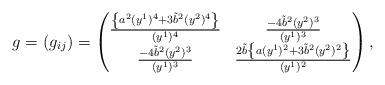
LaTeX: \begin{align*} g= (g_{ij})= \begin{pmatrix} \frac{\left\lbrace a^2 (y^1)^4+3\tilde{b}^2(y^2)^4\right\rbrace }{(y^1)^4} & \frac{-4\tilde{b}^2(y^2)^3}{(y^1)^3} \\ \frac{-4\tilde{b}^2(y^2)^3}{(y^1)^3} &\frac {2\tilde{b}\left\lbrace a (y^1)^2+3\tilde{b}^2(y^2)^2\right\rbrace }{(y^1)^2} \end{pmatrix}, \end{align*}